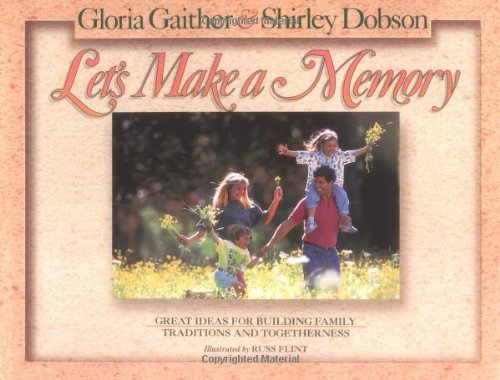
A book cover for Let's Make a Memory; Gloria Gaither; Christian Books & Bibles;